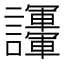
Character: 𧮘